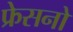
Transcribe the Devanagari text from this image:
फ्रेसनो